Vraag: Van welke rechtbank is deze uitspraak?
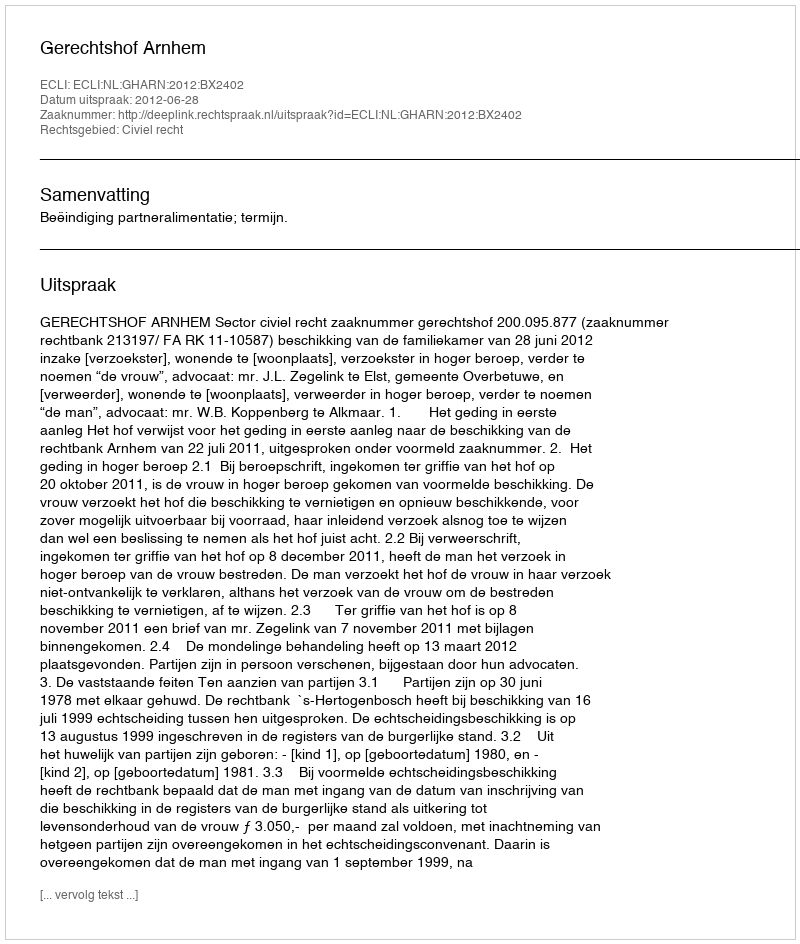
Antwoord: Gerechtshof Arnhem